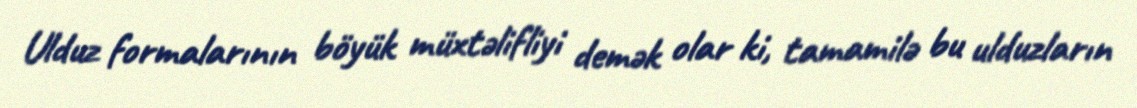
Ulduz formalarının böyük müxtəlifliyi demək olar ki, tamamilə bu ulduzların